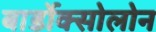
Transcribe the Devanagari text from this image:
बार्डोक्सोलोन